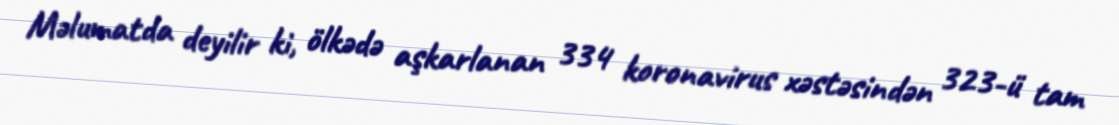
Məlumatda deyilir ki, ölkədə aşkarlanan 334 koronavirus xəstəsindən 323-ü tam